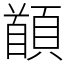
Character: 䭭